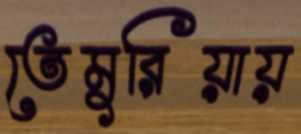
তেমুরিয়ায়